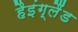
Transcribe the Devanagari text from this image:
हैइंग्लैंड